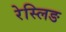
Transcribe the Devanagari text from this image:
रेस्लिङ